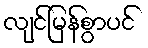
လျင်မြန်စွာပင်